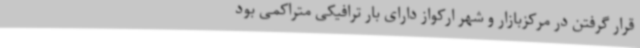
قرار گرفتن در مرکزبازار و شهر ارکواز دارای بار ترافیکی متراکمی بود